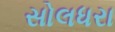
સોલધરા